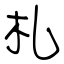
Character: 札